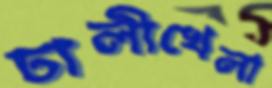
ঢালীখেলা